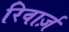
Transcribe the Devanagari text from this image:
रिवार्ज़